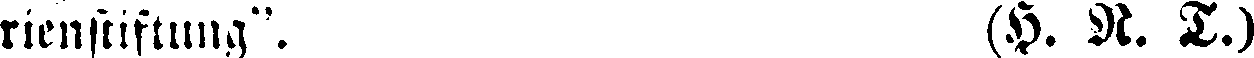
rienstiftung". (H. N. T.)